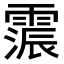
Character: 𮦩